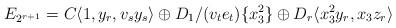
LaTeX: \begin{align*} E_{2^{r+1}} &= C\langle 1, y_r, v_sy_s \rangle \oplus D_1/(v_te_t ) \{ x_3^2\} \oplus D_r\langle x_3^2 y_r, x_3 z_r \rangle\end{align*}